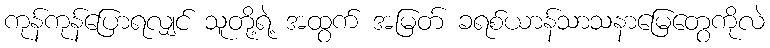
ကုန်ကုန်ပြောရလျှင် သူတို့ရဲ့ အထွက် အမြတ် ခရစ်ယာန်သာသနာမြေတွေကိုလဲ